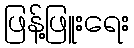
ဖြန့်ဖြူးရေး